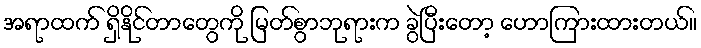
အရာထက် ရှိနိုင်တာတွေကို မြတ်စွာဘုရားက ခွဲပြီးတော့ ဟောကြားထားတယ်။